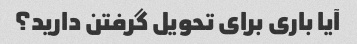
آیا باری برای تحویل گرفتن دارید؟